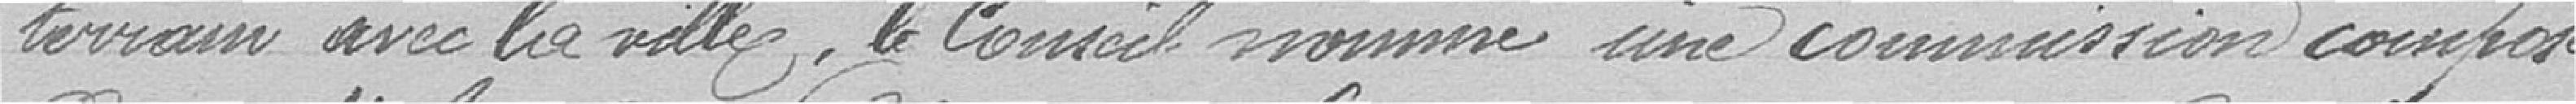
terrain avec la ville, le Conseil nomme une commission composée